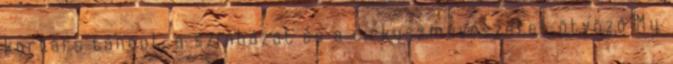
kortárs táncot, a színházat és a cirkuszművészetet ötvöző My